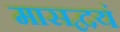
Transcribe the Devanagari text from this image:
मासद्वयं